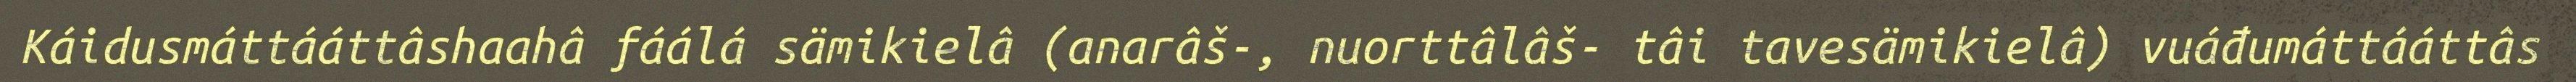
Káidusmáttááttâshaahâ fáálá sämikielâ (anarâš-, nuorttâlâš- tâi tavesämikielâ) vuáđumáttááttâs